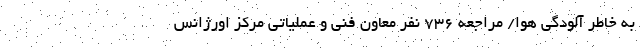
به خاطر آلودگی هوا/ مراجعه 736 نفر معاون فنی و عملیاتی مرکز اورژانس